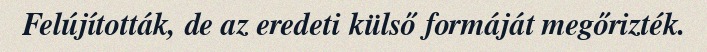
Felújították, de az eredeti külső formáját megőrizték.